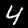
Label: 4